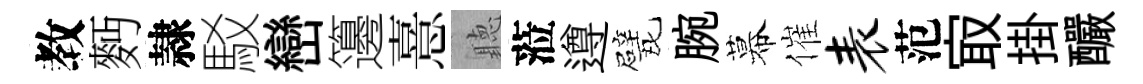
教麪隷駁巒籩憙聽蒞遵戏腕幕催表范㝡掛釅